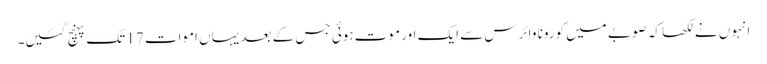
انہوں نے لکھا کہ صوبے میں کورونا وائرس سے ایک اور موت ہوئی جس کے بعد یہاں اموات 17 تک پہنچ گئیں۔